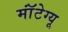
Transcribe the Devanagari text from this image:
मॉंटेग्यू